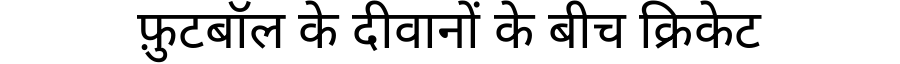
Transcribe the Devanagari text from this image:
फ़ुटबॉल के दीवानों के बीच क्रिकेट